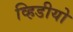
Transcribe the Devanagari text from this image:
व्हिडीयो